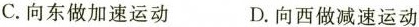
C.向东做加速运动 D.向西做减速运动